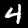
Label: 4